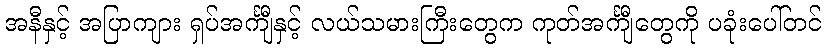
အနီနှင့် အပြာကျား ရှပ်အင်္ကျီနှင့် လယ်သမားကြီးတွေက ကုတ်အင်္ကျီတွေကို ပခုံးပေါ်တင်